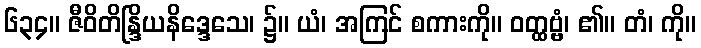
၆၃၄။ ဇီဝိတိန္ဒြိယနိဒ္ဒေသေ၊ ၌။ ယံ၊ အကြင် စကားကို။ ဝတ္ထဗ္ဗံ၊ ၏။ တံ၊ ကို။